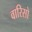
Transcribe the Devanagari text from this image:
वारिसो